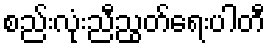
စည်းလုံးညီညွတ်ရေးပါတီ